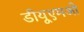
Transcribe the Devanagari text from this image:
डीयूएमओ